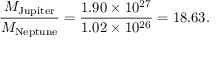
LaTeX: { \frac { M _ { \mathrm { J u p i t e r } } } { M _ { \mathrm { N e p t u n e } } } } = { \frac { 1 . 9 0 \times 1 0 ^ { 2 7 } } { 1 . 0 2 \times 1 0 ^ { 2 6 } } } = 1 8 . 6 3 .